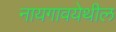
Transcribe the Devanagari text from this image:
नायगावयेथील